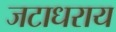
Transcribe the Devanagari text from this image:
जटाधराय